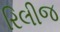
રિલીજ